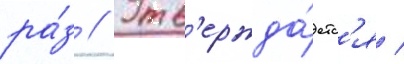
ра́з // Утв'ержда́етс'я /